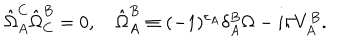
LaTeX: \hat { \Omega } _ { A } ^ { C } \hat { \Omega } _ { C } ^ { B } = 0 , \quad \hat { \Omega } _ { A } ^ { B } \equiv ( - 1 ) ^ { \varepsilon _ { A } } \delta _ { A } ^ { B } \Omega - i \hbar V _ { A } ^ { B } .